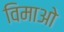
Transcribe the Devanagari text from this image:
विमाओ